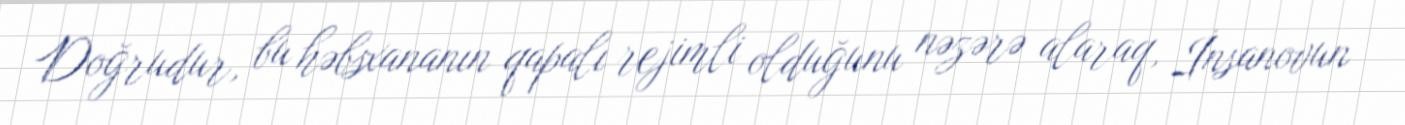
Doğrudur, bu həbsxananın qapalı rejimli olduğunu nəzərə alaraq, İnsanovun